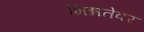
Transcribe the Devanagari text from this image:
भिन्नतेवर